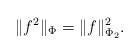
LaTeX: \begin{align*} \|f^2 \|_\Phi = \| f \|_{\Phi_2}^2.\end{align*}